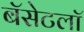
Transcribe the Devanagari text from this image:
बॅसेटलॉ